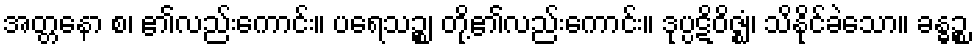
အတ္တနော စ၊ ၏လည်းကောင်း။ ပရေသဉ္စ၊ တို့၏လည်းကောင်း။ ဒုပ္ပဋိဝိဇ္ဈံ၊ သိနိုင်ခဲသော။ ခန္ဓဉ္စ